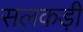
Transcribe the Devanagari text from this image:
सलकड़ी